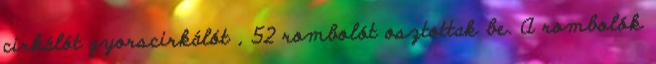
cirkálót gyorscirkálót , 52 rombolót osztottak be. A rombolók